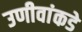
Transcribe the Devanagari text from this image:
उणीवांकडे